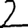
Digit: 2